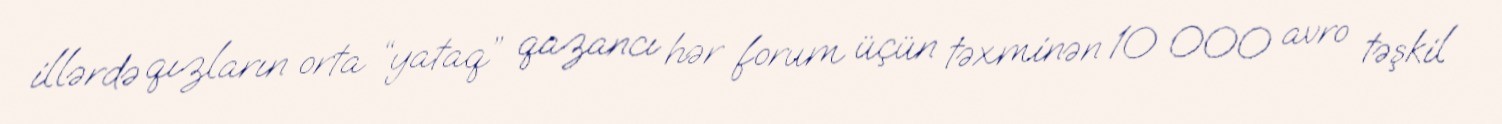
illərdə qızların orta “yataq” qazancı hər forum üçün təxminən 10 000 avro təşkil